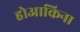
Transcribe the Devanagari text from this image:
होआकिना